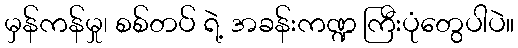
မှန်ကန်မှု၊ စစ်တပ် ရဲ့ အခန်းကဏ္ဍ ကြီးပုံတွေပါပဲ။